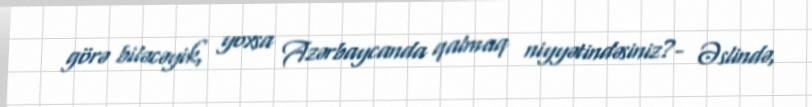
görə biləcəyik, yoxsa Azərbaycanda qalmaq niyyətindəsiniz?- Əslində,